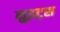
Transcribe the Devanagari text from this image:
नुइट्स